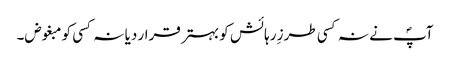
آپؐ نے نہ کسی طرزِ رہائش کو بہتر قرار دیا نہ کسی کو مبغوض۔